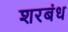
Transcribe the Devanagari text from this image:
शरबंध